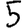
Digit: 5